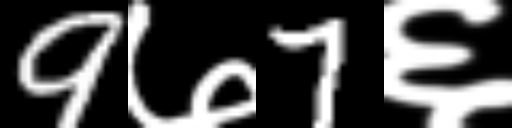
Text: 9७7६